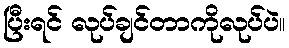
ပြီးရင် လုပ်ချင်တာကိုလုပ်ပဲ။